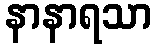
နာနာရသာ